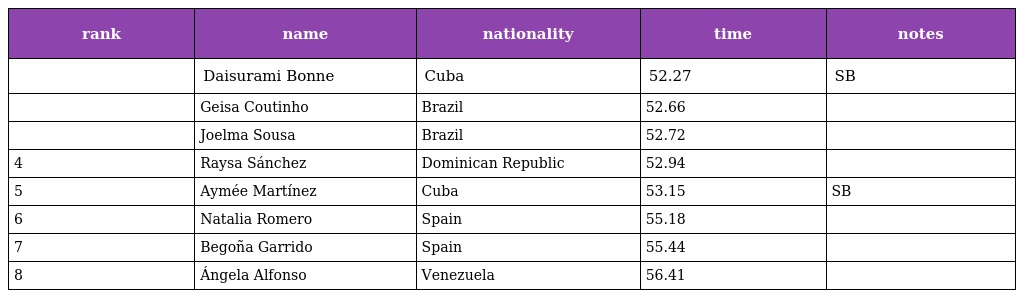
| rank | name | nationality | time | notes |
 | --- | --- | --- | --- | --- |
 |  | Daisurami Bonne | Cuba | 52.27 | SB |
 |  | Geisa Coutinho | Brazil | 52.66 |  |
 |  | Joelma Sousa | Brazil | 52.72 |  |
 | 4 | Raysa Sánchez | Dominican Republic | 52.94 |  |
 | 5 | Aymée Martínez | Cuba | 53.15 | SB |
 | 6 | Natalia Romero | Spain | 55.18 |  |
 | 7 | Begoña Garrido | Spain | 55.44 |  |
 | 8 | Ángela Alfonso | Venezuela | 56.41 |  |